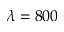
\lambda = 8 0 0